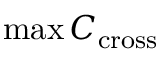
\operatorname* { m a x } C _ { \mathrm { c r o s s } }